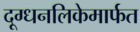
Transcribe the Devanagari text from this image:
दूग्धनलिकेमार्फत